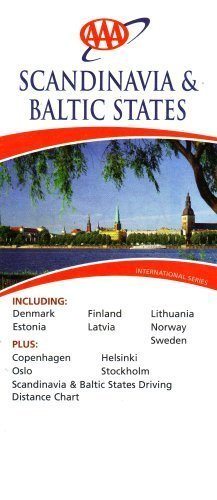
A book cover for Scandinavia & Baltic States: Including Denmark, Estonia, Finland, Latvia, Lithuania, Norway, Sweden,; Automobile Association Developments Limi; Travel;